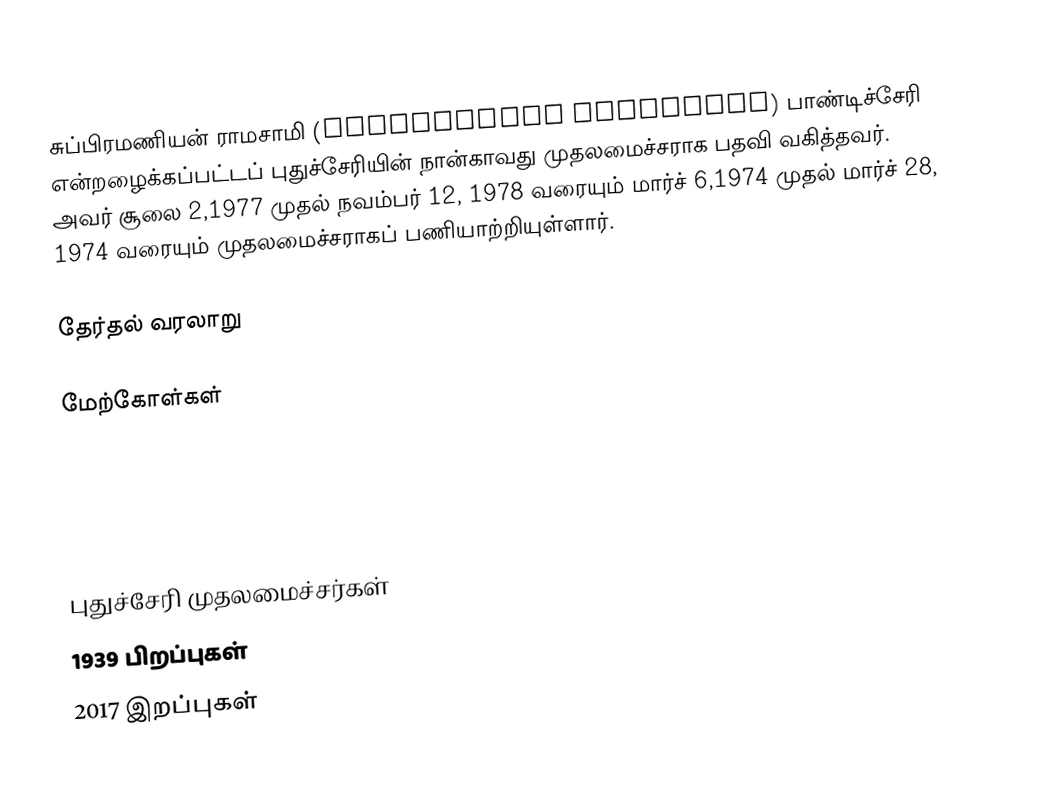
சுப்பிரமணியன் ராமசாமி (Subramanyan Ramaswamy) பாண்டிச்சேரி என்றழைக்கப்பட்டப் புதுச்சேரியின் நான்காவது முதலமைச்சராக பதவி வகித்தவர். அவர் சூலை 2,1977 முதல் நவம்பர் 12, 1978 வரையும் மார்ச் 6,1974 முதல் மார்ச் 28, 1974 வரையும் முதலமைச்சராகப் பணியாற்றியுள்ளார்.

தேர்தல் வரலாறு

மேற்கோள்கள்

புதுச்சேரி முதலமைச்சர்கள்
1939 பிறப்புகள்
2017 இறப்புகள்